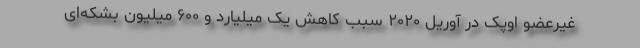
غیرعضو اوپک در آوریل ۲۰۲۰ سبب کاهش یک میلیارد و ۶۰۰ میلیون بشکه‌ای